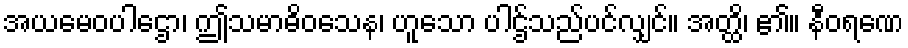
အယမေဝပါဌော၊ ဤသမာဓိဝသေန၊ ဟူသော ပါဌ်သည်ပင်လျှင်။ အတ္ထိ၊ ၏။ နီဝရဏေ